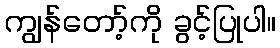
ကျွန်တော့်ကို ခွင့်ပြုပါ။